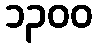
၁၃၀၀